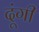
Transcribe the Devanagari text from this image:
दूंगी